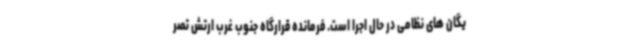
یگان های نظامی در حال اجرا است. فرمانده قرارگاه جنوب غرب ارتش تصر